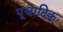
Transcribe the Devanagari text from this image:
पूजादिक